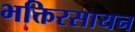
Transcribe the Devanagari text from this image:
भक्तिरसायन